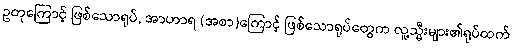
ဥတုကြောင့် ဖြစ်သောရုပ်, အာဟာရ (အစာ)ကြောင့် ဖြစ်သောရုပ်တွေက လူ့သ္မီးများ၏ရုပ်ထက်